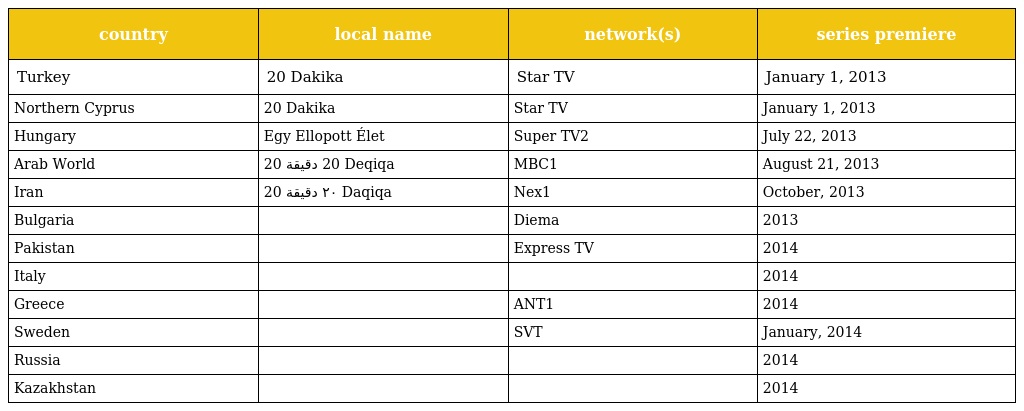
| country | local name | network(s) | series premiere |
 | --- | --- | --- | --- |
 | Turkey | 20 Dakika | Star TV | January 1, 2013 |
 | Northern Cyprus | 20 Dakika | Star TV | January 1, 2013 |
 | Hungary | Egy Ellopott Élet | Super TV2 | July 22, 2013 |
 | Arab World | ‏20 دقيقة‏ 20 Deqiqa | MBC1 | August 21, 2013 |
 | Iran | ‏۲۰ دقيقة‏ 20 Daqiqa | Nex1 | October, 2013 |
 | Bulgaria |  | Diema | 2013 |
 | Pakistan |  | Express TV | 2014 |
 | Italy |  |  | 2014 |
 | Greece |  | ANT1 | 2014 |
 | Sweden |  | SVT | January, 2014 |
 | Russia |  |  | 2014 |
 | Kazakhstan |  |  | 2014 |